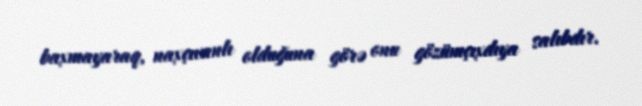
baxmayaraq, naxçıvanlı olduğuna görə onu gözümçıxdıya salıbdır.